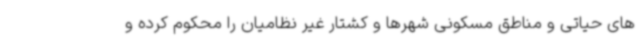
های حیاتی و مناطق مسکونی شهرها و کشتار غیر نظامیان را محکوم کرده و